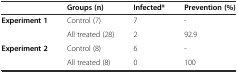
<table><thead><tr><td></td><td><b>Groups (n)</b></td><td><b>Infected*</b></td><td><b>Prevention (%)</b></td></tr></thead><tbody><tr><td rowspan="2"><b>Experiment 1</b></td><td>Control (7)</td><td>7</td><td>-</td></tr><tr><td>All treated (28)</td><td>2</td><td>92.9</td></tr><tr><td rowspan="2"><b>Experiment 2</b></td><td>Control (8)</td><td>6</td><td>-</td></tr><tr><td>All treated (8)</td><td>0</td><td>100</td></tr></tbody></table>